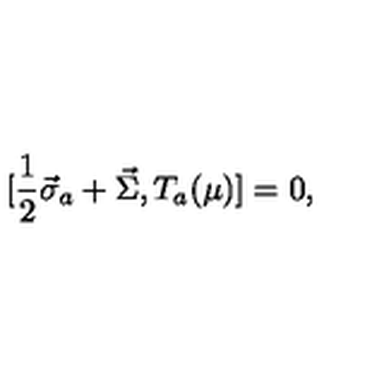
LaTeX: [ \frac { 1 } { 2 } \vec { \sigma } _ { a } + \vec { \Sigma } , T _ { a } ( \mu ) ] = 0 ,